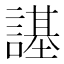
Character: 𧫠